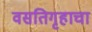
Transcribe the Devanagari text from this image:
वसतिगृहाचा